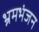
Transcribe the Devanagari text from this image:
भ्रमभंजन